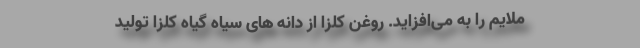
ملایم را به می‌افزاید. روغن کلزا از دانه های سیاه گیاه کلزا تولید